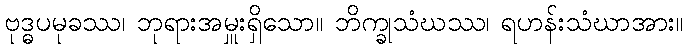
ဗုဒ္ဓပမုခဿ၊ ဘုရားအမှူးရှိသော။ ဘိက္ခုသံဃဿ၊ ရဟန်းသံဃာအား။